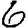
Digit: 6